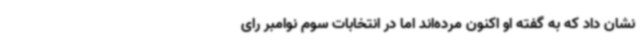
نشان داد که به گفته او اکنون مرده‌اند اما در انتخابات سوم نوامبر رای